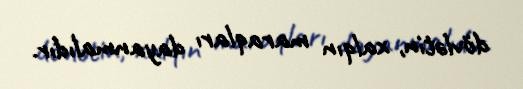
dövlətin, xalqın maraqları dayanmalıdır.